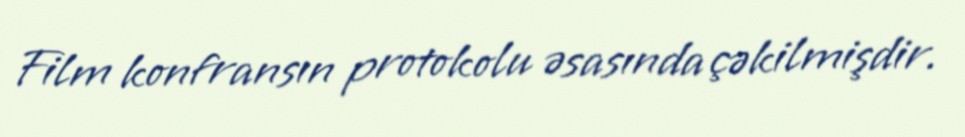
Film konfransın protokolu əsasında çəkilmişdir.